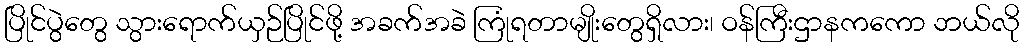
ပြိုင်ပွဲတွေ သွားရောက်ယှဉ်ပြိုင်ဖို့ အခက်အခဲ ကြုံရတာမျိုးတွေရှိလား၊ ဝန်ကြီးဌာနကကော ဘယ်လို